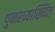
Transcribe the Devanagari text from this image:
पुनरव्याख्यित